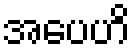
အပေဟိ